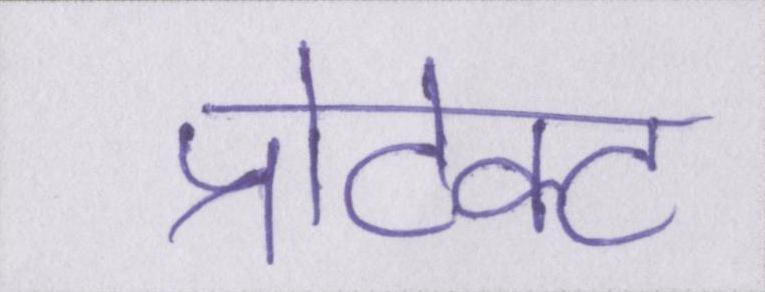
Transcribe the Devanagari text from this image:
प्रोटेक्ट